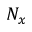
N _ { x }